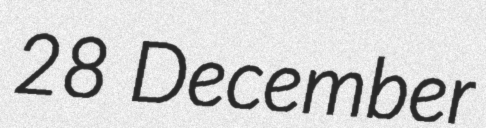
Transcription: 28 December